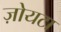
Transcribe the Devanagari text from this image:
ज़ोयटा